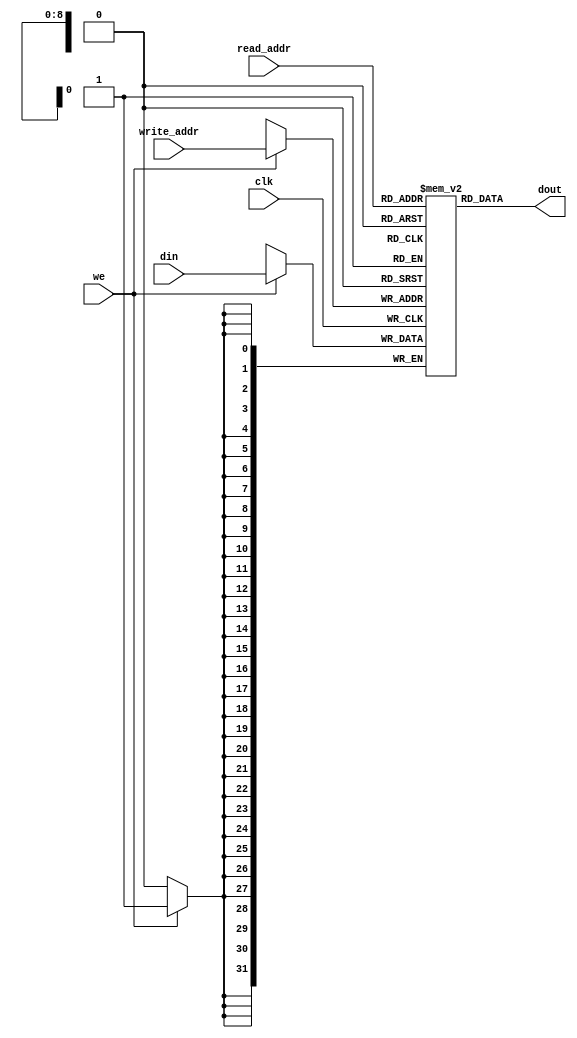
module ram_simple_dp_async_read_512x32_logic (clk, we, read_addr, write_addr, din, dout);
    input clk, we;
    input [8:0] read_addr, write_addr;
    input [31:0] din;
    output [31:0] dout;
    
    (* ram_style = "logic" *)
    reg [31:0] ram [511:0];

    always @(posedge clk)
    begin
        if (we)
            ram[write_addr] <= din;
    end

    assign dout = ram[read_addr];

endmodule